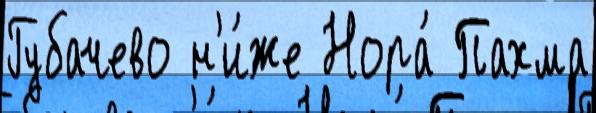
Губачево н'и́же Нора́ Пахма